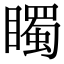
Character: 𥋛